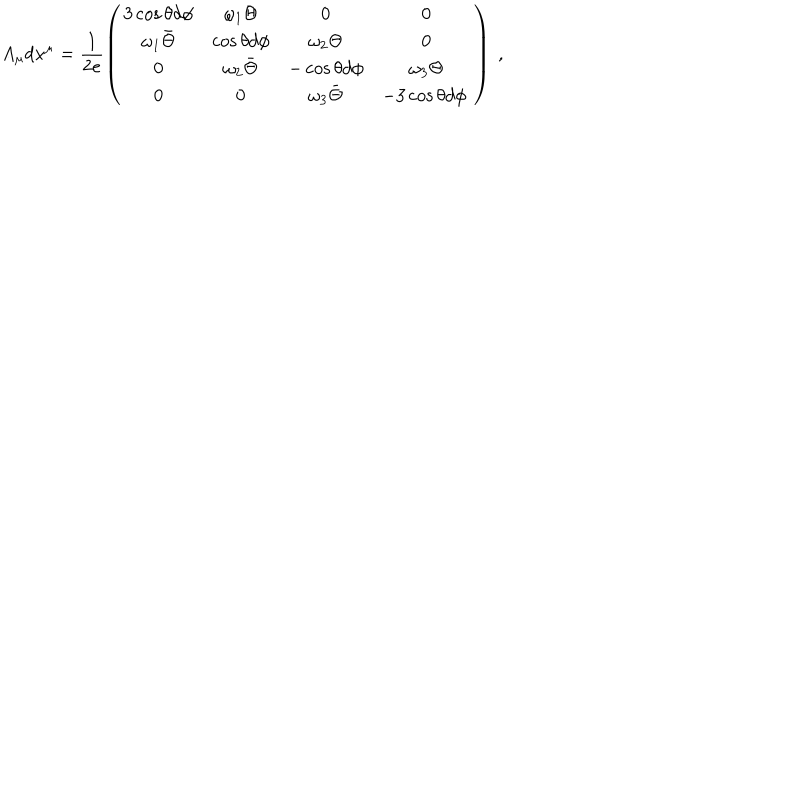
LaTeX: A _ { \mu } d x ^ { \mu } = \frac { 1 } { 2 e } \left( \begin{array} { c c c c } { { 3 \cos \theta d \phi } } & { { \omega _ { 1 } \Theta } } & { { 0 } } & { { 0 } } \\ { { \omega _ { 1 } \bar { \Theta } } } & { { \cos \theta d \phi } } & { { \omega _ { 2 } \Theta } } & { { 0 } } \\ { { 0 } } & { { \omega _ { 2 } \bar { \Theta } } } & { { - \cos \theta d \phi } } & { { \omega _ { 3 } \Theta } } \\ { { 0 } } & { { 0 } } & { { \omega _ { 3 } \bar { \Theta } } } & { { - 3 \cos \theta d \phi \ } } \\ \end{array} \right) \ ,